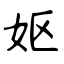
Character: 妪